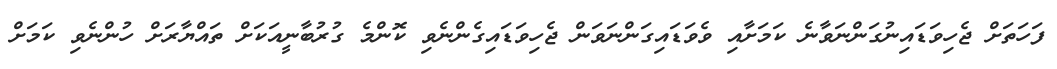
ފަހަތަށް ޖެހިވަޑައިނުގަންނަވާނެ ކަމަށާއި ވެވަޑައިގަންނަވަން ޖެހިވަޑައިގެންނެވި ކޮންމެ ގުރުބާނީއަކަށް ތައްޔާރަށް ހުންނެވި ކަމަށް